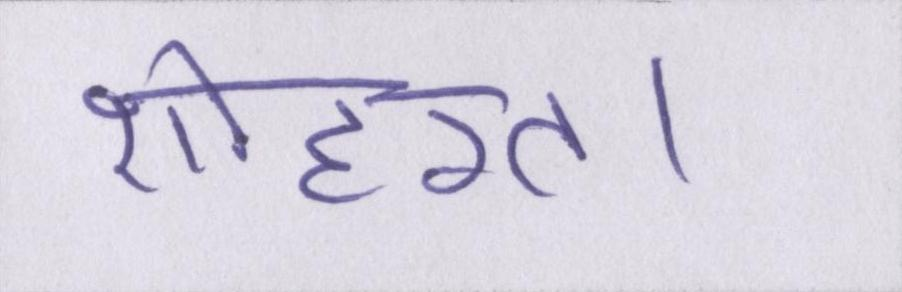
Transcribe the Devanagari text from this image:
शोहरत।